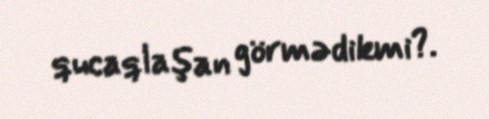
qucaqlaşan görmədikmi?.